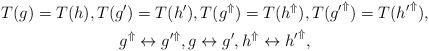
LaTeX: \begin{gather*} T(g) = T(h), T(g') = T(h'), T(g^\Uparrow) = T(h^\Uparrow), T({g'}^\Uparrow) = T({h'}^\Uparrow), \\ g^\Uparrow \leftrightarrow g'^\Uparrow, g \leftrightarrow g', h^\Uparrow \leftrightarrow {h'}^\Uparrow, \end{gather*}